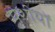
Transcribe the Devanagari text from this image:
पेशीयों